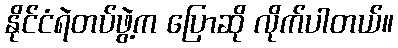
နိုင်ငံရဲတပ်ဖွဲ့က ပြောဆို လိုက်ပါတယ်။